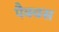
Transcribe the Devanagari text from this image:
पैक्वस